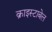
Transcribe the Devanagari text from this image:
क्राइस्टाबेल